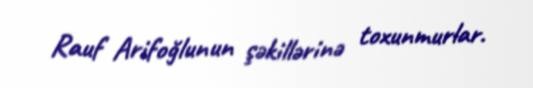
Rauf Arifoğlunun şəkillərinə toxunmurlar.